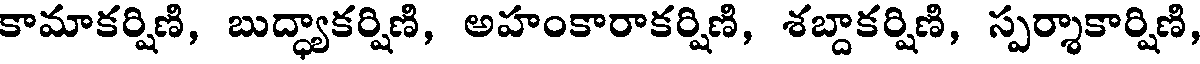
కామాకర్షిణి, బుద్ధ్యాకర్షిణి, అహంకారాకర్షిణి, శబ్దాకర్షిణి, స్పర్శాకార్షిణి,